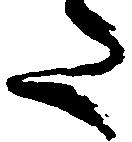
た